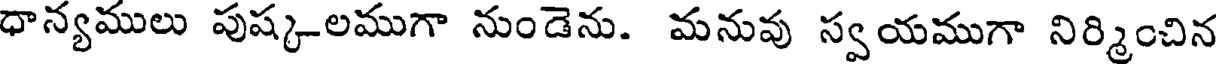
ధాన్యములు పుష్క-లముగా నుండెను. మనువు స్వయముగా నిర్మించిన